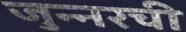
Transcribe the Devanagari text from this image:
जुन्‍नरची